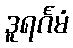
ဒူရင်္ဂမံ